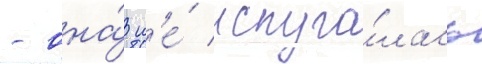
- она́ н'е́ испуга́лась